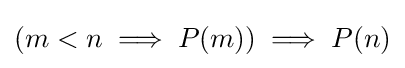
(m<n\implies P(m))\implies P(n)